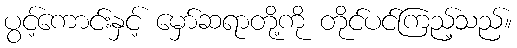
ပွင့်ကောင်းနှင့် မှော်ဆရာတို့ကို တိုင်ပင်ကြည့်သည်။